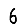
Digit: 6